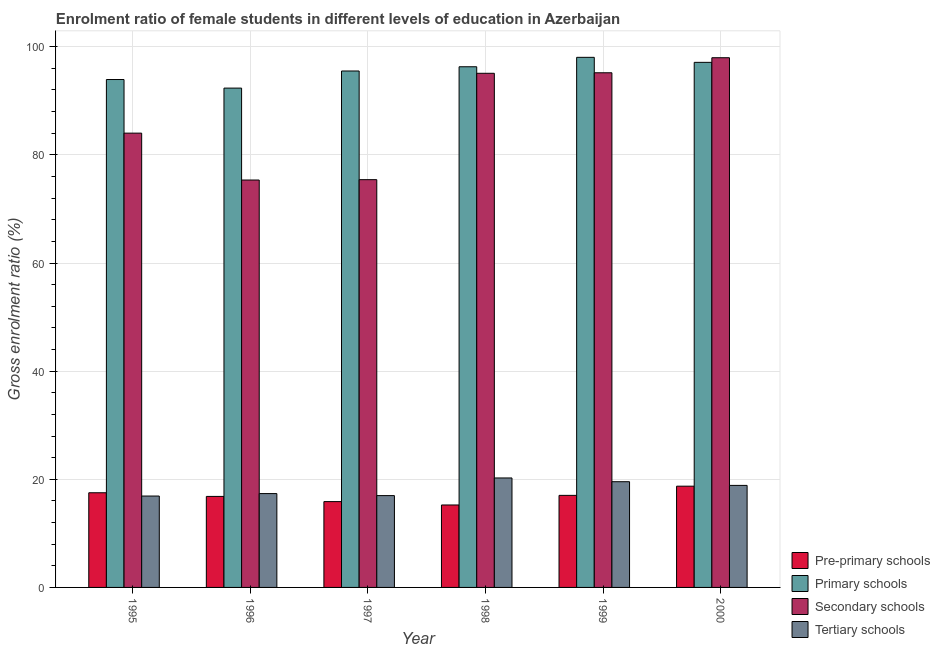
| Year | Pre-primary schools | Primary schools | Secondary schools | Tertiary schools |
 | --- | --- | --- | --- | --- |
 | 1995 | 17.5 | 93.9 | 84 | 16.9 |
 | 1996 | 16.8 | 92.3 | 75.3 | 17.4 |
 | 1997 | 15.9 | 95.5 | 75.4 | 17 |
 | 1998 | 15.2 | 96.3 | 95.1 | 20.2 |
 | 1999 | 17 | 98 | 95.2 | 19.6 |
 | 2000 | 18.7 | 97.1 | 98 | 18.9 |